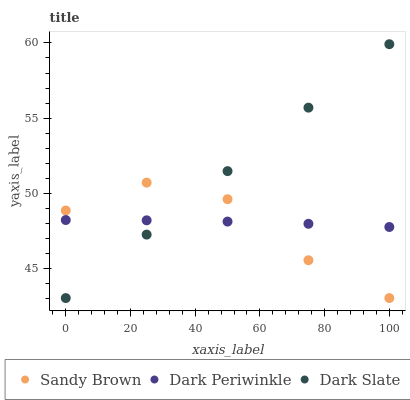
| xaxis_label | Sandy Brown | Dark Periwinkle | Dark Slate |
 | --- | --- | --- | --- |
 | 0 | 48.8 | 48.2 | 43 |
 | 25 | 50.7 | 48.2 | 47.2 |
 | 50 | 49.6 | 48.1 | 51.5 |
 | 75 | 45.5 | 48 | 55.7 |
 | 100 | 43 | 47.7 | 59.9 |